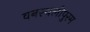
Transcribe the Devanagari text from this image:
वनस्थलीपुरम